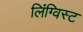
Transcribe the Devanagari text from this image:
लिंग्विस्ट